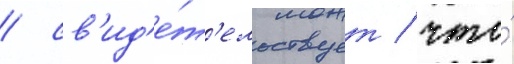
/ св'ид'е́т'ельствует / что́